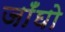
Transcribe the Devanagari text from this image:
जाँघो